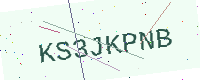
Text: KS3JKPNB